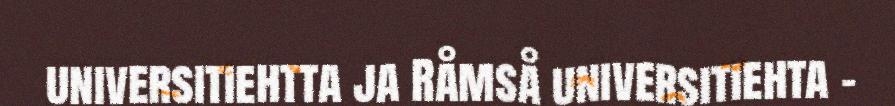
universitiehtta ja Råmså universitiehta -